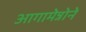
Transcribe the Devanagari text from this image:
आगामेन्नोने